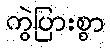
ကွဲပြားစွာ